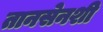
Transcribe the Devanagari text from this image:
तानसेनशी